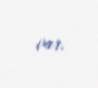
var.